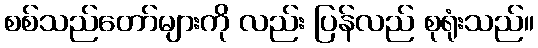
စစ်သည်တော်များကို လည်း ပြန်လည် စုရုံးသည်။